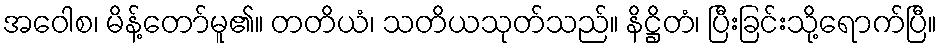
အဝေါစ၊ မိန့်တော်မူ၏။ တတိယံ၊ သတိယသုတ်သည်။ နိဋ္ဌိတံ၊ ပြီးခြင်းသို့ရောက်ပြီ။